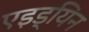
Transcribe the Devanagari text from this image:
एइड्यिन